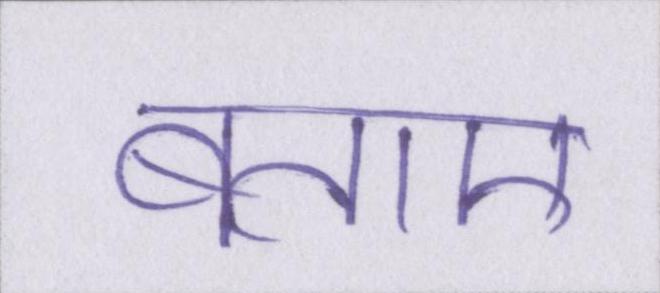
बताए